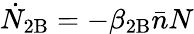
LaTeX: \dot{N}_{\mathrm{2B}}=-\beta_{\mathrm{2B}}\bar{n}N